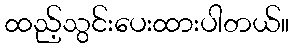
ထည့်သွင်းပေးထားပါတယ်။